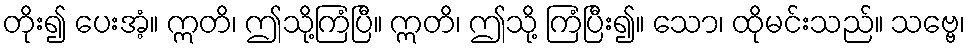
တိုး၍ ပေးအံ့။ ဣတိ၊ ဤသို့ကြံပြီ။ ဣတိ၊ ဤသို့ ကြံပြီး၍။ သော၊ ထိုမင်းသည်။ သဗ္ဗေ၊